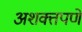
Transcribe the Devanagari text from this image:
अशक्तपणे